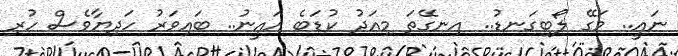
ނައީ.. މަގޭ ލޯބިގަނޑު.. އިނގޭތަ މިއަދު ކުޑަބެ އައީނު.. ބައިވަރު ހަދިޔާވެސް ހުރި